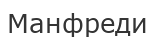
Манфреди